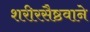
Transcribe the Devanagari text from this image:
शरीरसैष्ठवाने